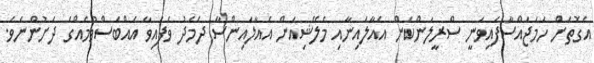
އެގޮތަށް ހަމަޖައްސާފައިވަނީ ސްރީލަންކަން އެއާލައިނާއި މެލޭޝިއަން އެއާލައިންސާ ދެމެދު ވެފައިވާ އެއްބަސްވުމެއްގެ ދަށުންނެވެ.